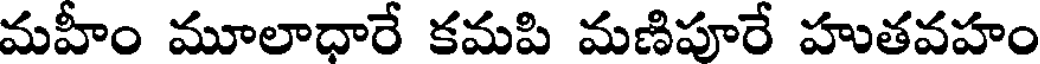
మహీం మూలాధారే కమపి మణిపూరే హుతవహం